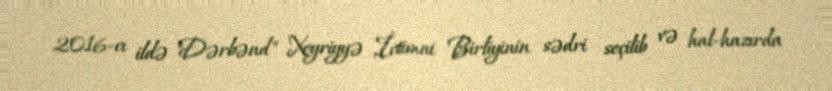
2016-cı ildə "Dərbənd" Xeyriyyə İctimai Birliyinin sədri seçilib və hal-hazırda